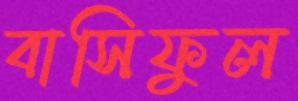
বাসিফুল